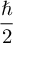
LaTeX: \frac { \hbar } { 2 }